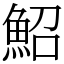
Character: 鮉